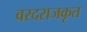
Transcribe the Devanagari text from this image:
वरदराजकृत